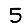
Digit: 5